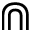
\Cap